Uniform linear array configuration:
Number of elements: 12
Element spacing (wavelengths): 0.5
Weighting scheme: hamming
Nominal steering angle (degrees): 60
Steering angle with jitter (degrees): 61.394
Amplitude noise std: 0.05
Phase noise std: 0.05

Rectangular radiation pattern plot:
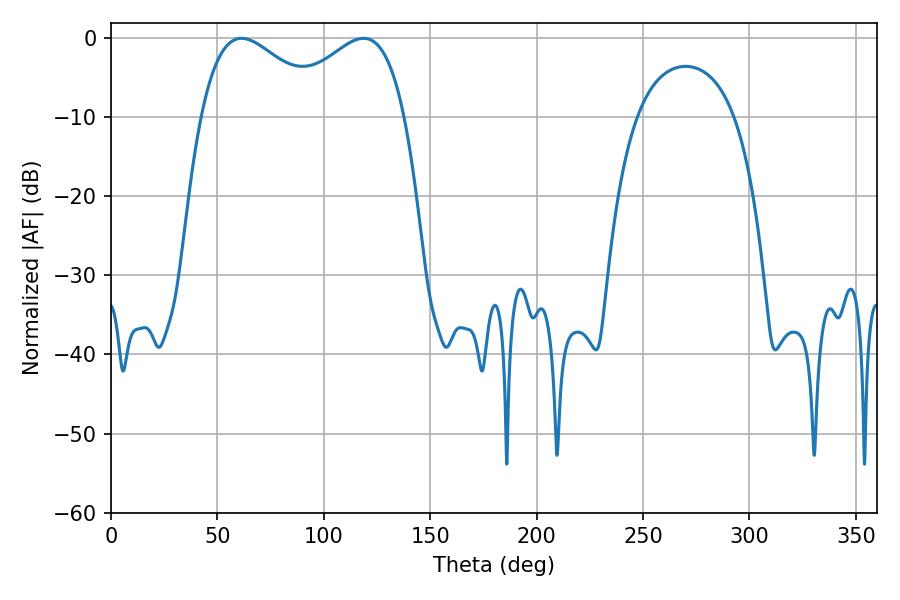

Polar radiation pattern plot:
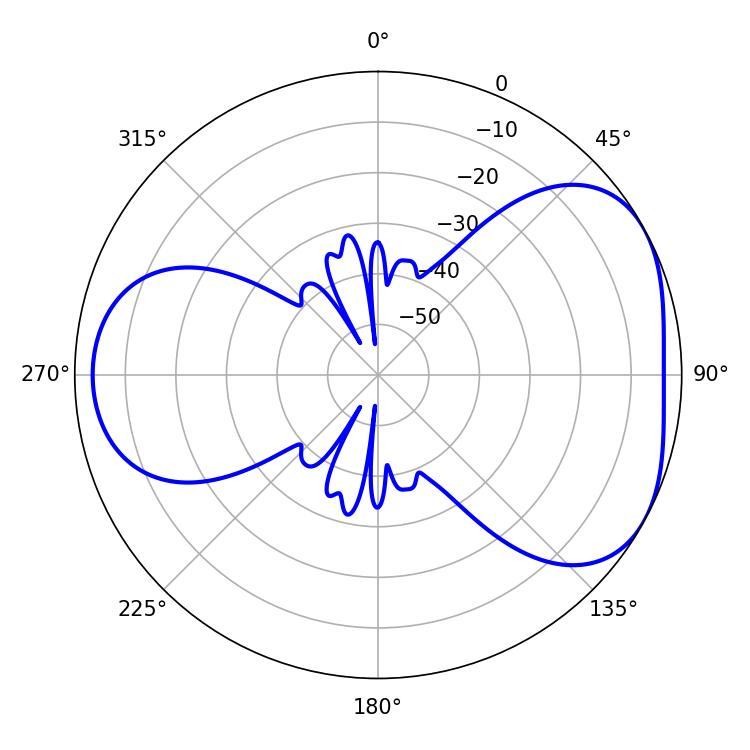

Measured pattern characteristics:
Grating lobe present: FALSE
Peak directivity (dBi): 4.413
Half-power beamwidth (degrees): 32.22
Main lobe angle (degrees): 61.38